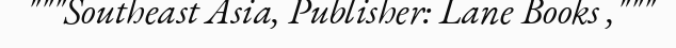
"""Southeast Asia, Publisher: Lane Books ,"""